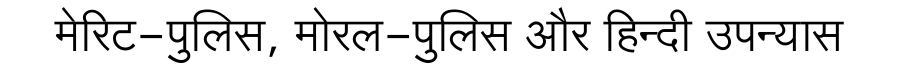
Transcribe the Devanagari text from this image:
मेरिट-पुलिस, मोरल-पुलिस और हिन्दी उपन्यास